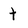
Character: t